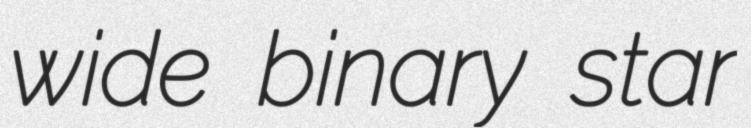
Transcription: wide binary star